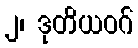
၂၊ ဒုတိယဝဂ်